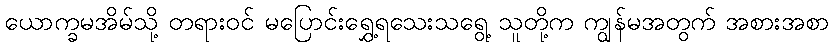
ယောက္ခမအိမ်သို့ တရားဝင် မပြောင်းရွှေ့ရသေးသရွေ့ သူတို့က ကျွန်မအတွက် အစားအစာ